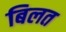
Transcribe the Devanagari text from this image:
बिलत